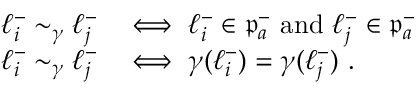
\begin{array} { r l } { \ell _ { i } ^ { - } \sim _ { \gamma } \ell _ { j } ^ { - } } & { \iff \ell _ { i } ^ { - } \in \mathfrak { p } _ { a } ^ { - } \mathrm { ~ a n d ~ } \ell _ { j } ^ { - } \in \mathfrak { p } _ { a } ^ { - } } \\ { \ell _ { i } ^ { - } \sim _ { \gamma } \ell _ { j } ^ { - } } & { \iff \gamma ( \ell _ { i } ^ { - } ) = \gamma ( \ell _ { j } ^ { - } ) ~ . } \end{array}